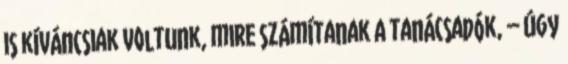
is kíváncsiak voltunk, mire számítanak a tanácsadók, – Úgy